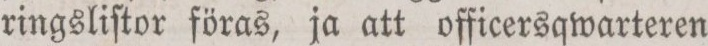
ringsliſtor föras, ja att officersqwarteren